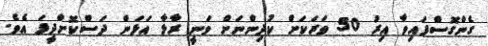
ގެންގޮސްފައިވާ އިރު 50 ވަރަކަށް ކުދިންނަށް ވަނީ ރާޅާ އަޅަން ދަސްކޮށްދީފަ އެވެ.